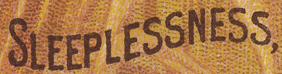
sleeplessness,